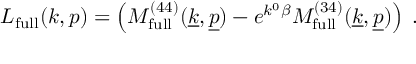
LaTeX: L _ { \mathrm { f u l l } } ( k , p ) = \left( { \cal M } _ { \mathrm { \scriptsize { f u l l } } } ^ { ( 4 4 ) } ( \underline { { { k } } } , \underline { { { p } } } ) - e ^ { k ^ { 0 } \beta } { \cal M } _ { \mathrm { \scriptsize { f u l l } } } ^ { ( 3 4 ) } ( \underline { { { k } } } , \underline { { { p } } } ) \right) \; .